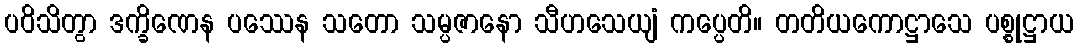
ပဝိသိတွာ ဒက္ခိဏေန ပဿေန သတော သမ္ပဇာနော သီဟသေယျံ ကပ္ပေတိ။ တတိယကောဋ္ဌာသေ ပစ္စုဋ္ဌာယ